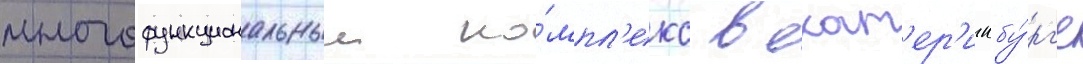
многофункциональныи ко́мпл'екс в екат'ер'инбу́рг'е